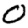
Digit: 0